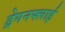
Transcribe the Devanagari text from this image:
ड्रेगनफ्लाई